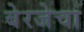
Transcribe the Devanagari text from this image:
बेरजेचा